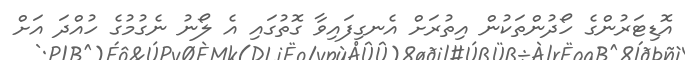
އޮޑިޓަރުންގެ ހޯދުންތަކުން އިތުރަށް އެނގިފައިވާ ގޮތުގައި އެ ލޯނު ނެގުމުގެ ހުއްދަ އަށް